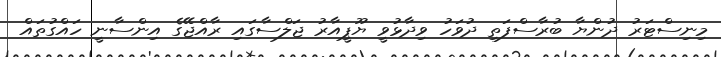
މިނިސްޓަރު ދުންޔާ ބުރާސްފަތި ދުވަހު ވިދާޅުވީ ޔޫޕީއާރު ޖަލްސާގައި ރާއްޖޭގެ އިންސާނީ ހައްގުތައް